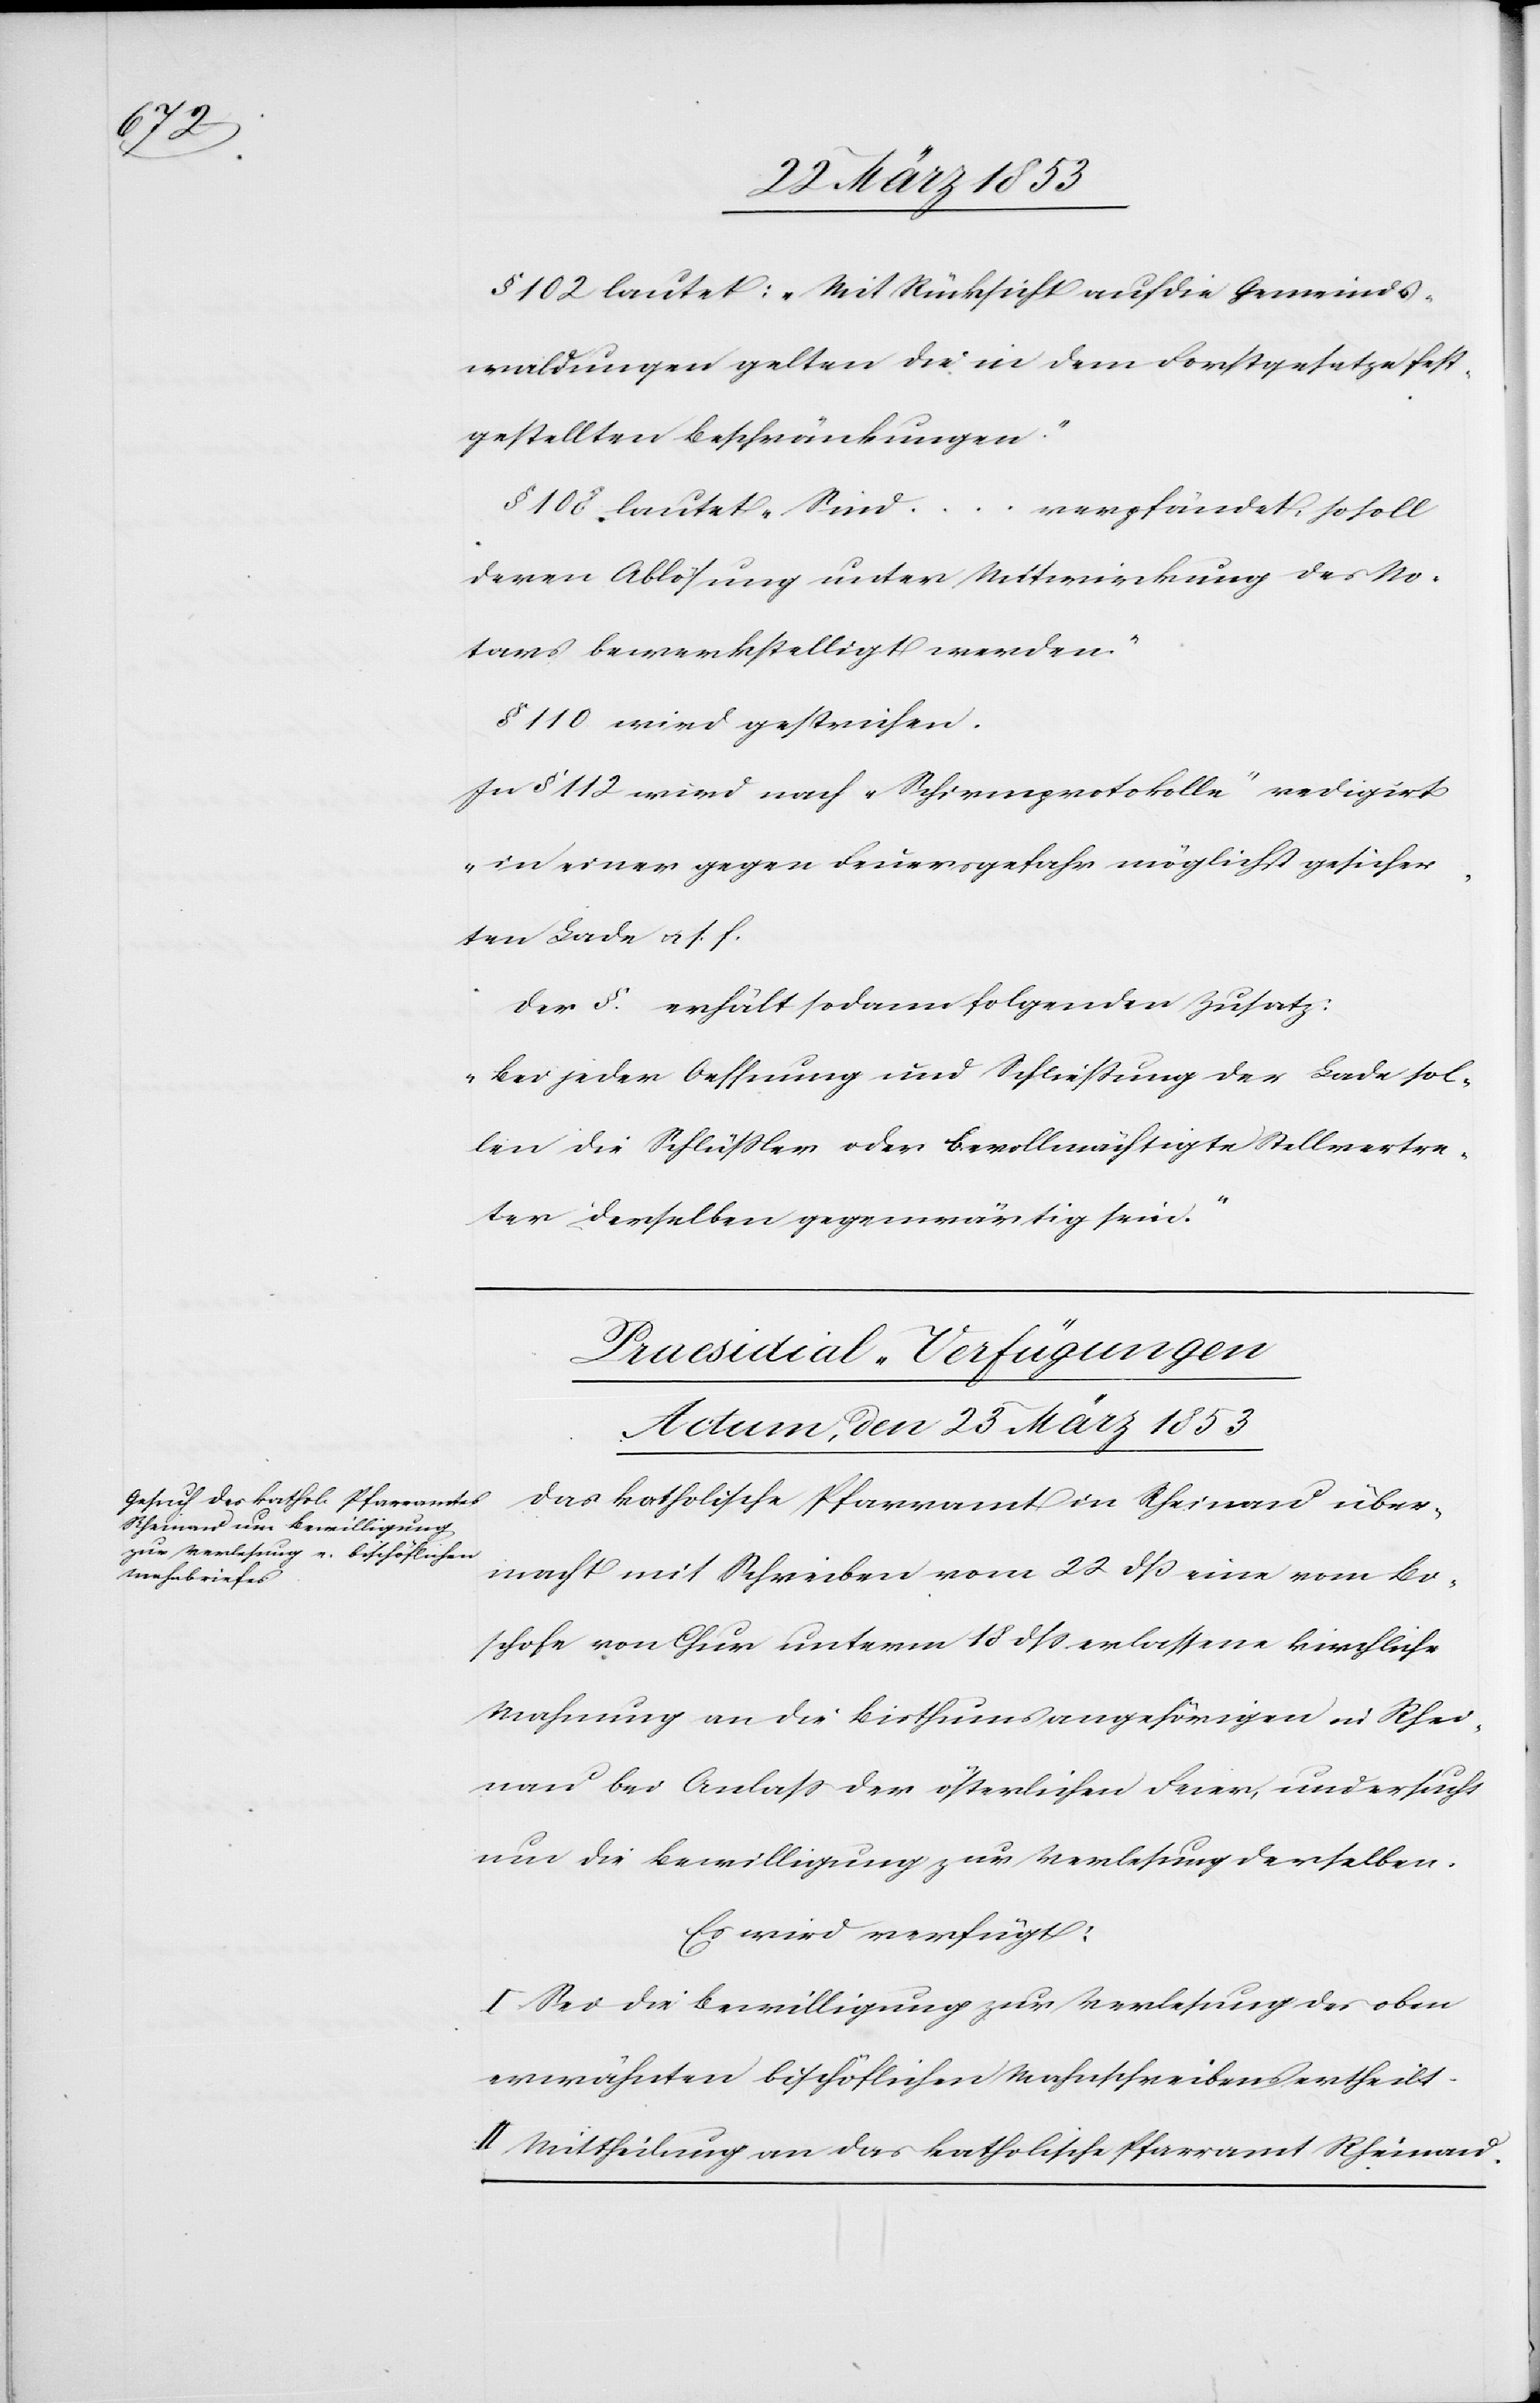
§ 102 lautet: „Mit Rücksicht auf die Gemeinds¬
waldungen gelten die in dem Forstgesetze fest¬
gestellten Beschränkungen.“
§ 102. lautet „Sind …
verpfändet so soll
deren Ablösung unter Mitwirkung des No¬
tares bewerkstelligt werden.“
§ 110 wird gestrichen.
In § 112 wird nach „Schirmprotokolle“ redigirt
„in einer gegen Feuergefahr möglichst gesuch¬
ten Lade u. s. f.
Der §. erhält sodann folgenden Zusatz:
„Bei jeder Oeffnung und Schließung der Lade sol¬
len die Schlüßler oder bevollmächtigte Stellvertre¬
ter derselben gegenwärtig sein.“
Praesidial-Verfügungen
Actum, den 23 März 1853
Das katholische Pfarramt in Rheinau über¬
macht mit Schreiben vom 22 dß eine vom Bi¬
schofe von Chur unterm 18 dß erlassene kirchliche
Mahnung an die Bisthumsangehörigen in Rhei¬
nau bei Anlaß der österlichen Feier, und ersucht
um die Bewilligung zur Verlesung derselben.
Es wird verfügt:
I. Sei die Bewilligung zur Verlesung des oben
erwähnten bischöfischen Mahnschreibens ertheilt.
II. Mittheilung an das katholische Pfarramt Rheinau.